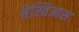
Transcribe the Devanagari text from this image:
बेस्तिआस